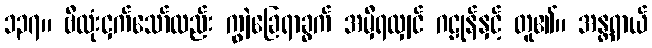
၁၃၇။ ဗီလုံးငှက်သော်လည်း ကျွဲခြေရာခွက် အမှီရလျှင် ဂဠုန်နှင့် တူ၏။ အန္တရာယ်